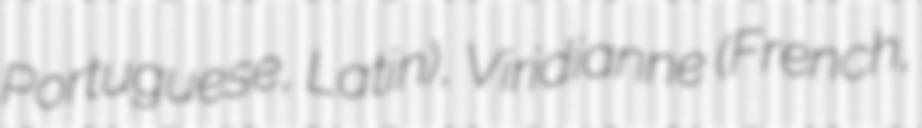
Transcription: Portuguese, Latin), Viridianne (French,